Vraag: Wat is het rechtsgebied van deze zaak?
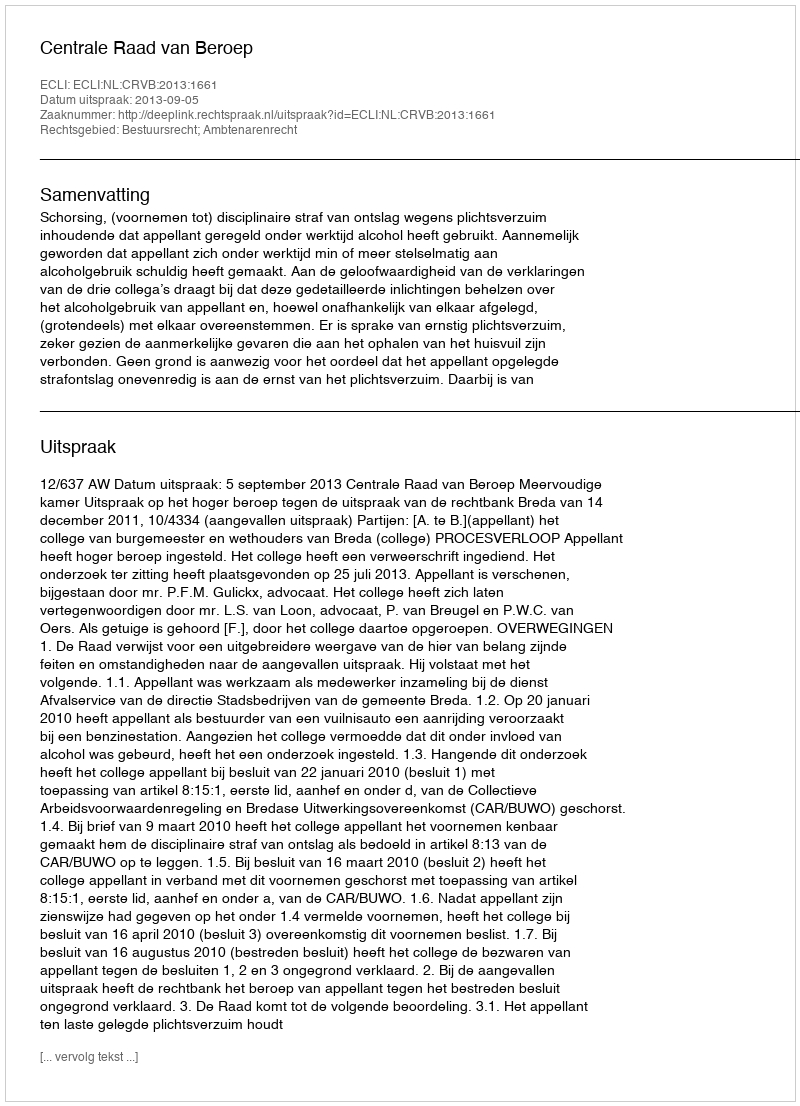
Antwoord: Bestuursrecht; Ambtenarenrecht